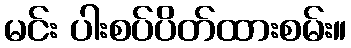
မင်း ပါးစပ်ပိတ်ထားစမ်း။